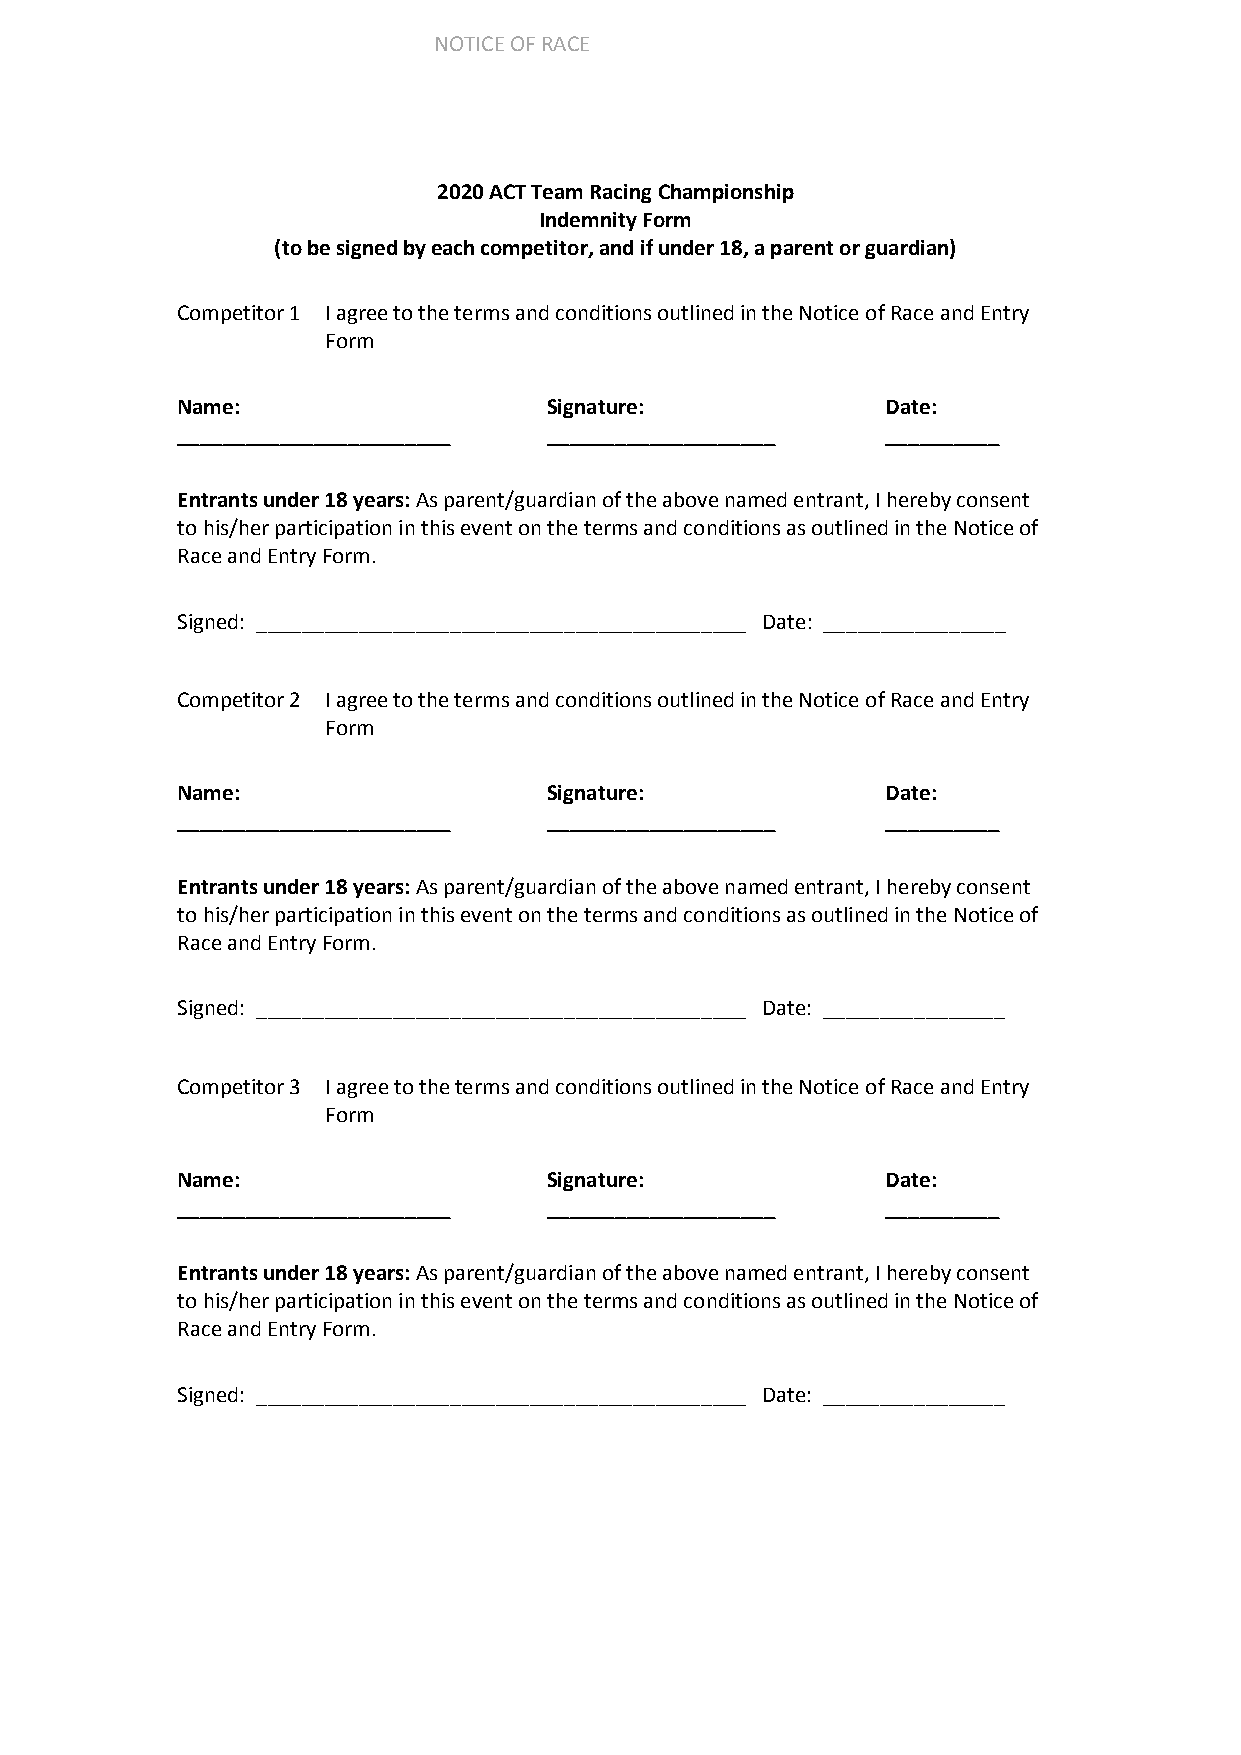
NOTICE OF RACE
 2020 ACT Team Racing Championship
 Indemnity Form
 (to be signed by each competitor, and if under 18, a parent or guardian)
 Competitor 1 I agree to the terms and conditions outlined in the Notice of Race and Entry
 Form
 Name:                   Signature:             Date:
 ________________________ ____________________  __________
 Entrants under 18 years: As parent/guardian of the above named entrant, I hereby consent
 to his/her participation in this event on the terms and conditions as outlined in the Notice of
 Race and Entry Form.
 Signed: ___________________________________________ Date: ________________
 Competitor 2 I agree to the terms and conditions outlined in the Notice of Race and Entry
 Form
 Name:                   Signature:             Date:
 ________________________ ____________________  __________
 Entrants under 18 years: As parent/guardian of the above named entrant, I hereby consent
 to his/her participation in this event on the terms and conditions as outlined in the Notice of
 Race and Entry Form.
 Signed: ___________________________________________ Date: ________________
 Competitor 3 I agree to the terms and conditions outlined in the Notice of Race and Entry
 Form
 Name:                   Signature:             Date:
 ________________________ ____________________  __________
 Entrants under 18 years: As parent/guardian of the above named entrant, I hereby consent
 to his/her participation in this event on the terms and conditions as outlined in the Notice of
 Race and Entry Form.
 Signed: ___________________________________________ Date: ________________